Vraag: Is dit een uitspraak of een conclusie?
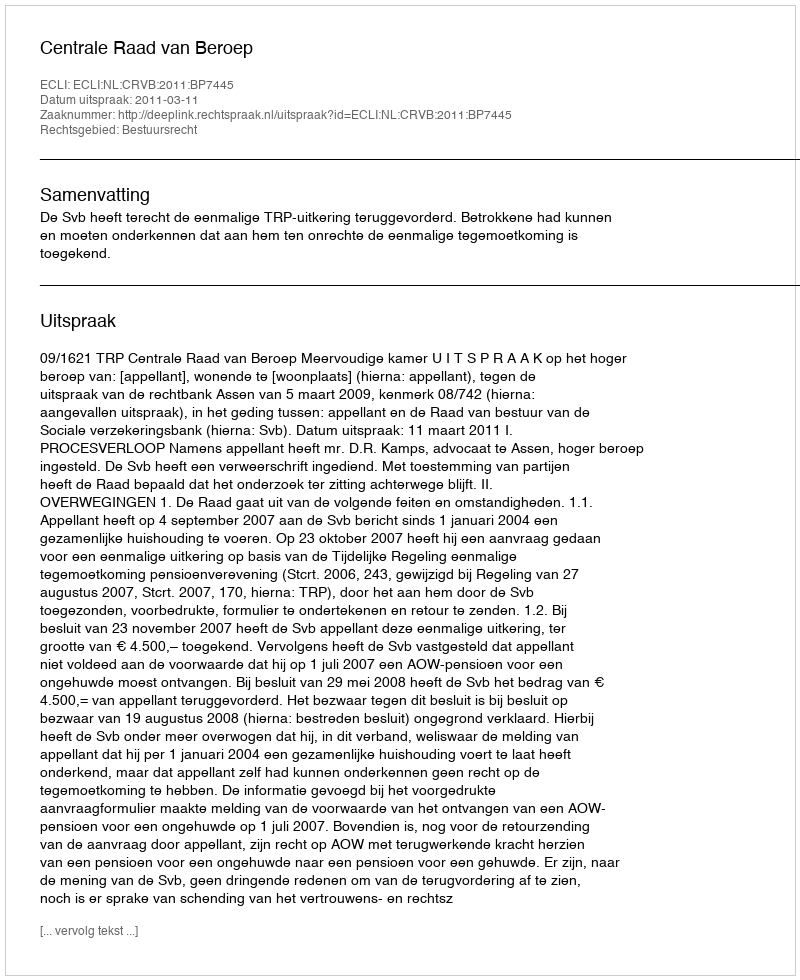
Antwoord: Uitspraak